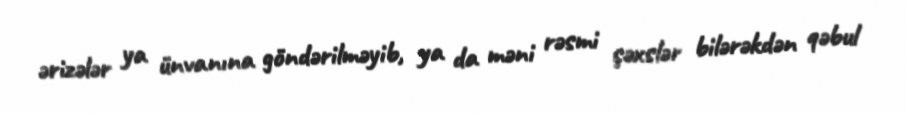
ərizələr ya ünvanına göndərilməyib, ya da məni rəsmi şəxslər bilərəkdən qəbul